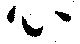
心